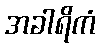
အခါရိကံ